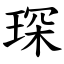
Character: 琛